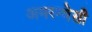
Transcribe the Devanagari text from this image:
अमरन्थेसी